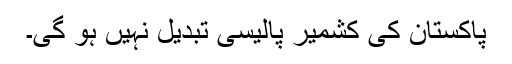
پاکستان کی کشمیر پالیسی تبدیل نہیں ہو گی۔